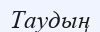
Таудың